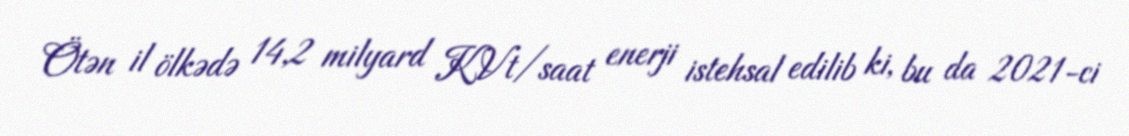
Ötən il ölkədə 14,2 milyard KVt/saat enerji istehsal edilib ki, bu da 2021-ci